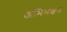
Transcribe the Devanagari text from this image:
अभिभक्षण